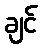
ချင်